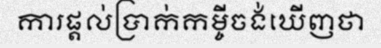
ការផ្តល់ប្រាក់កម្ចីចង់ឃើញថា